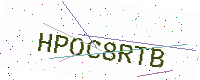
Text: HPOC8RTB